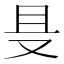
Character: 𱑲